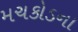
મચકોડના